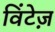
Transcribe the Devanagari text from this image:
विंटेज़